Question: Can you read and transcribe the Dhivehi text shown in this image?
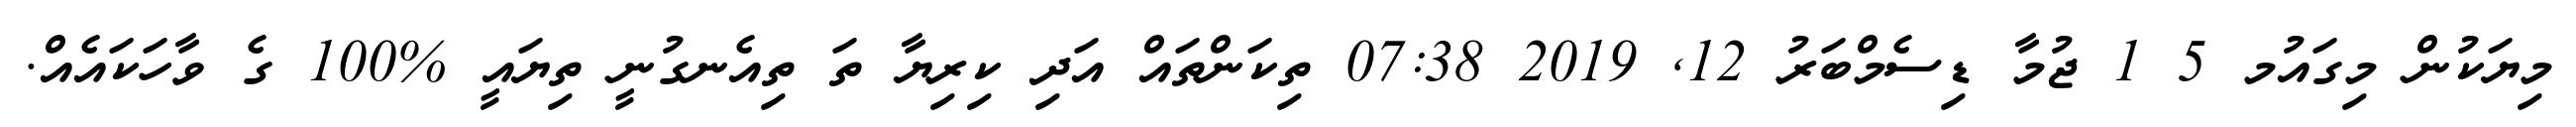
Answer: މިޔަކުން މިގައުމ 5 1 ޖުމާ ޑިސެމްބަރު 12, 2019 07:38 ތިކަންތައް އަދި ކިރިޔާ ތަ ތިއެނގުނީ ތިޔައީ %100 ގެ ވާހަކައެއް.